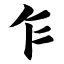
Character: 乍